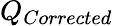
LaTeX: Q_{Corrected}\,